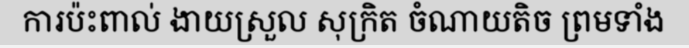
ការប៉ះពាល់ ងាយស្រួល សុក្រិត ចំណាយតិច ព្រមទាំង